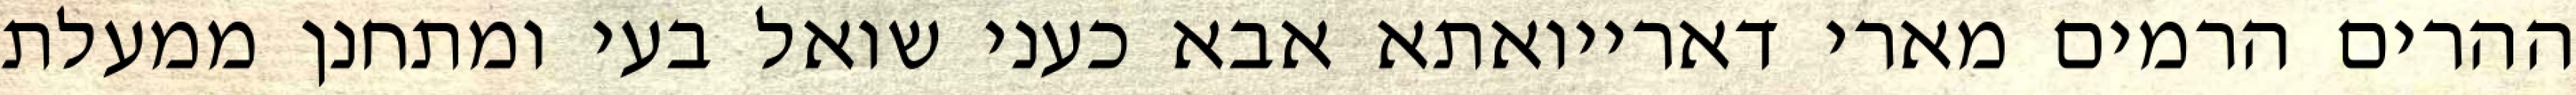
ההרים הרמים מארי דארייואתא אבא כעני שואל בעי ומתחנן ממעלת